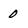
Character: 0